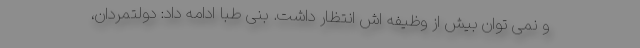
و نمی توان بیش از وظیفه اش انتظار داشت. بنی طبا ادامه داد: دولتمردان،